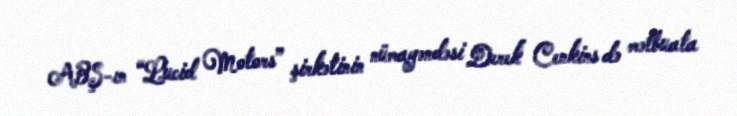
ABŞ-ın “Lucid Motors” şirkətinin nümayəndəsi Derek Cenkins də mətbuata